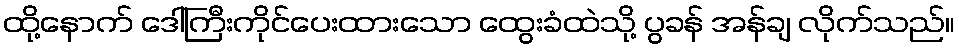
ထို့နောက် ဒေါ်ကြီးကိုင်ပေးထားသော ထွေးခံထဲသို့ ပွခန် အန်ချ လိုက်သည်။